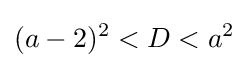
(a-2)^{2}<D<a^{2}